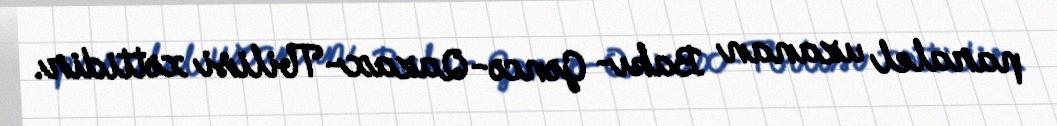
paralel uzanan Bakı- Gəncə-Qazax-Tbilisi xəttidir.